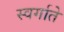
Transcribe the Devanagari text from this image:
स्वर्गाते